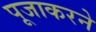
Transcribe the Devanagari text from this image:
पूजाकरने